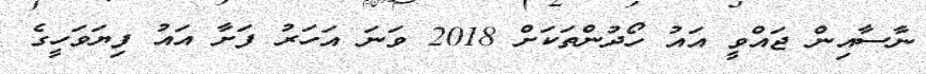
ނާސާއިން ޖައްވީ އައު ހޯދުންތަކަށް 2018 ވަނަ އަހަރު ފަށާ އައު ފިޔަވަހީގެ